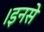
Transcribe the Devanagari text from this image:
।इनसे